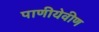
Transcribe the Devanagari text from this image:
पाणीयेवीण